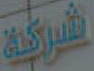
شركة